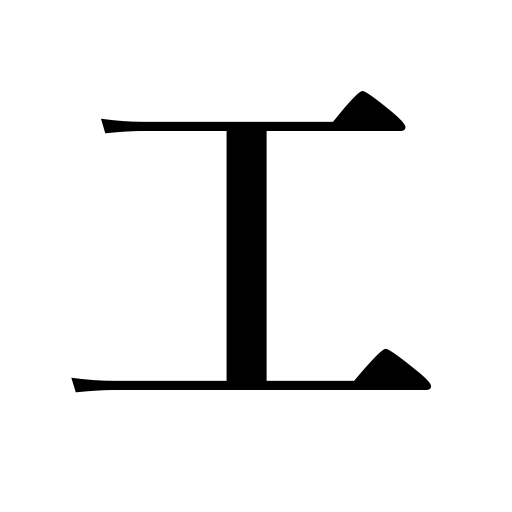
Meanings: artisan,manufacture,mechanic,work